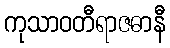
ကုသာဝတီရာဇဓာနီ